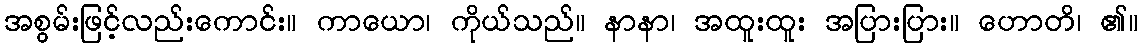
အစွမ်းဖြင့်လည်းကောင်း။ ကာယော၊ ကိုယ်သည်။ နာနာ၊ အထူးထူး အပြားပြား။ ဟောတိ၊ ၏။